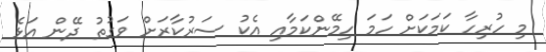
މި ހުރިހާ ކަމަކަށް ހަމަ ހިމޭންކަމާއި އެކު ސަރުކާރަށް ވަގުތު ދޭން އަޅެ